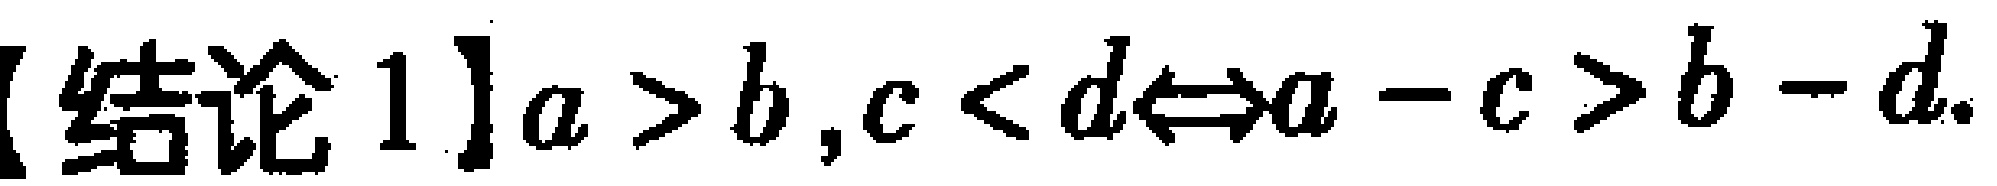
【结论 1】$a > b ,c < d\Leftrightarrow a - c > b - d.$